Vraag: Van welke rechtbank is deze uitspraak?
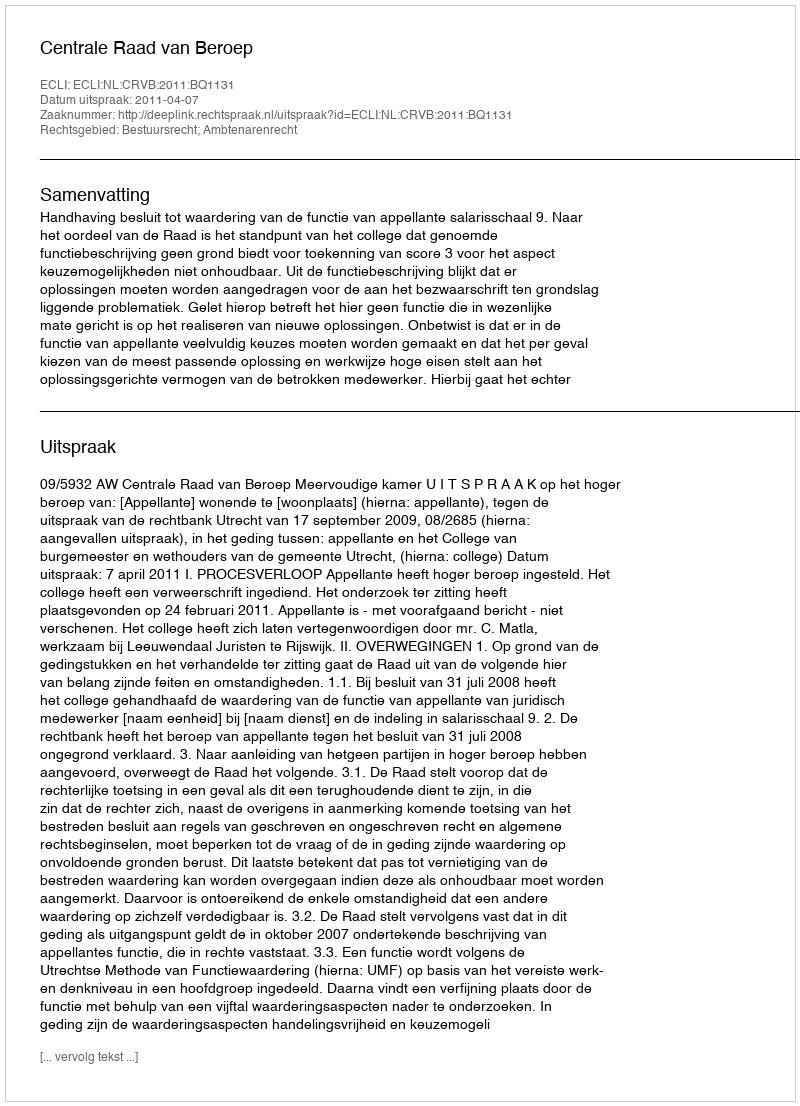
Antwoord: Centrale Raad van Beroep